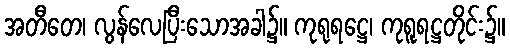
အတီတေ၊ လွန်လေပြီးသောအခါ၌။ ကုရုရဋ္ဌေ၊ ကုရူရဋ္ဌတိုင်း၌။